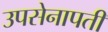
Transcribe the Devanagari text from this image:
उपसेनापती